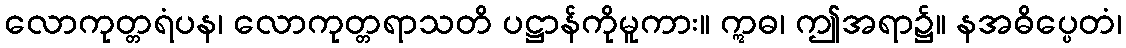
လောကုတ္တရံပန၊ လောကုတ္တရာသတိ ပဋ္ဌာန်ကိုမူကား။ ဣဓ၊ ဤအရာ၌။ နအဓိပ္ပေတံ၊